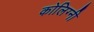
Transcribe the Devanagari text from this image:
कोलिग्नी